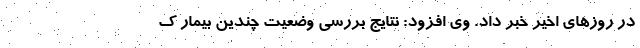
در روزهای اخیر خبر داد. وی افزود: نتایج بررسی وضعیت چندین بیمار ک